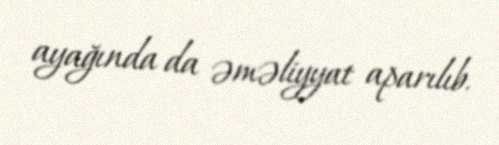
ayağında da əməliyyat aparılıb.